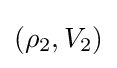
(\rho _{2},V_{2})